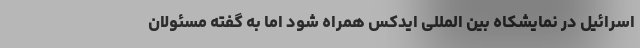
اسرائيل در نمایشکاه بین المللی ایدکس همراه شود اما به گفته مسئولان